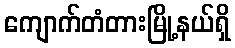
ကျောက်တံတားမြို့နယ်ရှိ